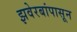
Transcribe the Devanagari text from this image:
झवेरबांपासून